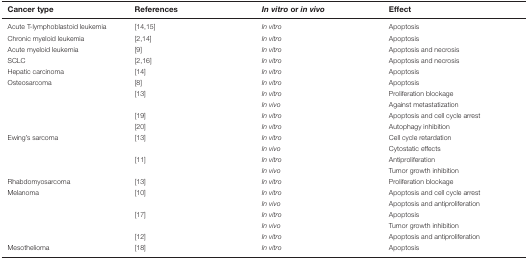
<table><thead><tr><td><b>Cancer type</b></td><td><b>References</b></td><td><b><i>In vitro</i> or <i>in vivo</i></b></td><td><b>Effect</b></td></tr></thead><tbody><tr><td>Acute T-lymphoblastoid leukemia</td><td>[14,15]</td><td><i>In vitro</i></td><td>Apoptosis</td></tr><tr><td>Chronic myeloid leukemia</td><td>[2,14]</td><td><i>In vitro</i></td><td>Apoptosis</td></tr><tr><td>Acute myeloid leukemia</td><td>[9]</td><td><i>In vitro</i></td><td>Apoptosis and necrosis</td></tr><tr><td>SCLC</td><td>[2,16]</td><td><i>In vitro</i></td><td>Apoptosis and necrosis</td></tr><tr><td>Hepatic carcinoma</td><td>[14]</td><td><i>In vitro</i></td><td>Apoptosis</td></tr><tr><td>Osteosarcoma</td><td>[8]</td><td><i>In vitro</i></td><td>Apoptosis</td></tr><tr><td></td><td>[13]</td><td><i>In vitro</i></td><td>Proliferation blockage</td></tr><tr><td></td><td></td><td><i>In vivo</i></td><td>Against metastatization</td></tr><tr><td></td><td>[19]</td><td><i>In vitro</i></td><td>Apoptosis and cell cycle arrest</td></tr><tr><td></td><td>[20]</td><td><i>In vitro</i></td><td>Autophagy inhibition</td></tr><tr><td>Ewing’s sarcoma</td><td>[13]</td><td><i>In vitro</i></td><td>Cell cycle retardation</td></tr><tr><td></td><td></td><td><i>In vivo</i></td><td>Cytostatic effects</td></tr><tr><td></td><td>[11]</td><td><i>In vitro</i></td><td>Antiproliferation</td></tr><tr><td></td><td></td><td><i>In vivo</i></td><td>Tumor growth inhibition</td></tr><tr><td>Rhabdomyosarcoma</td><td>[13]</td><td><i>In vitro</i></td><td>Proliferation blockage</td></tr><tr><td>Melanoma</td><td>[10]</td><td><i>In vitro</i></td><td>Apoptosis and cell cycle arrest</td></tr><tr><td></td><td></td><td><i>In vivo</i></td><td>Apoptosis and antiproliferation</td></tr><tr><td></td><td>[17]</td><td><i>In vitro</i></td><td>Apoptosis</td></tr><tr><td></td><td></td><td><i>In vivo</i></td><td>Tumor growth inhibition</td></tr><tr><td></td><td>[12]</td><td><i>In vitro</i></td><td>Apoptosis and antiproliferation</td></tr><tr><td>Mesothelioma</td><td>[18]</td><td><i>In vitro</i></td><td>Apoptosis</td></tr></tbody></table>